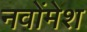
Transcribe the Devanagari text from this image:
नवोंमेश